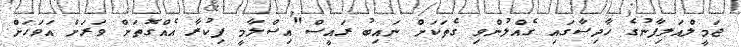
ޖަމީލްއަލިފާނުގެ ހާދިސާގައި ގެއްލުންވި ގެތަަކަށް ނައިބު ރައީސް"އިސްލާމީ ފިކުރާ އެއްގޮތަށް ވަރަށް އަވަހަށް